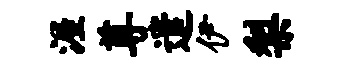
渥尊遣伊梨